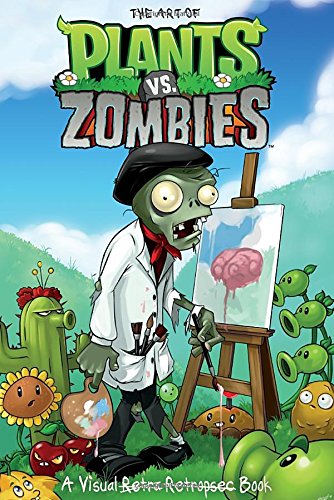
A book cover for The Art of Plants vs. Zombies; Various; Comics & Graphic Novels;